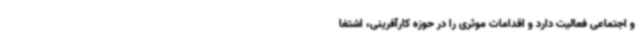
و اجتماعی فعالیت دارد و اقدامات موثری را در حوزه کارآفرینی، اشتغا